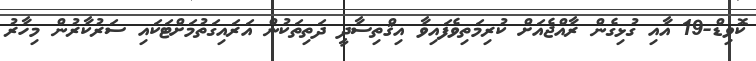
ކޮވިޑް-19 އާއި ގުޅިގެން ރާއްޖެއަށް ކުރިމަތިވެފައިވާ އިޤްތިސާދީ ދަތިތަކުން އަރައިގަތުމަށްޓަކައި ސަރުކާރުން މިހާރު